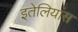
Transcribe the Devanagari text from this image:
इतेलियांस